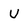
Character: U